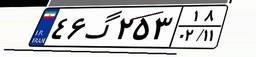
۴۶گ۲۵۳۱۸